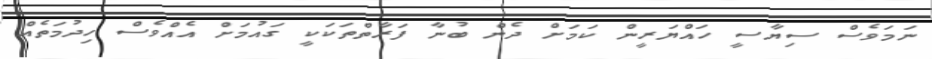
ނަމަވެސް ސިޔާސީ ހައްޔަރީން ކަމަށް ދެން ބުނާ ފަރާތްތަކަކީ ގައުމަށް އެއްވެސް ހިދުމަތެއް